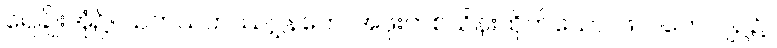
ရေချိုးအုံ၌။ သတသဟဿဂ္ဃနကေ၊ အဖိုးတစ်သိန်းထိုက်သော။ ဖလကေ၊ ပျဉ်၌။